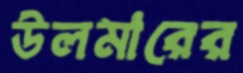
উলমারের